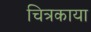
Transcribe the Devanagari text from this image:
चित्रकाया